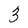
Character: 3